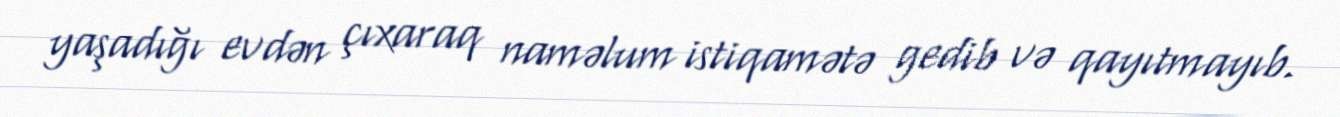
yaşadığı evdən çıxaraq naməlum istiqamətə gedib və qayıtmayıb.